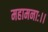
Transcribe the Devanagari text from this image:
महामनाः।।